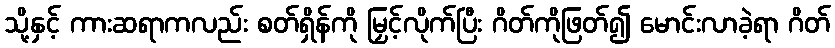
သို့နှင့် ကားဆရာကလည်း စတ်ရှိန်ကို မြှင့်လိုက်ပြီး ဂိတ်ကိုဖြတ်၍ မောင်းလာခဲ့ရာ ဂိတ်